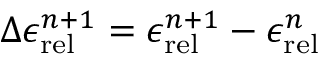
\Delta \epsilon _ { \mathrm { r e l } } ^ { n + 1 } = \epsilon _ { \mathrm { r e l } } ^ { n + 1 } - \epsilon _ { \mathrm { r e l } } ^ { n }